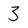
Character: 3